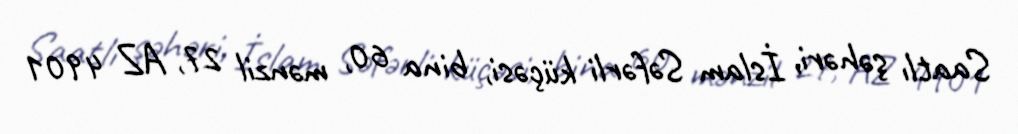
Saatlı şəhəri, İslam Səfərli küçəsi, bina 60, mənzil 27, AZ 4901